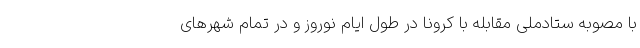
با مصوبه ستادملی مقابله با کرونا در طول ایام نوروز و در تمام شهرهای